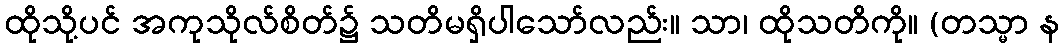
ထိုသို့ပင် အကုသိုလ်စိတ်၌ သတိမရှိပါသော်လည်း။ သာ၊ ထိုသတိကို။ (တသ္မာ န